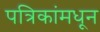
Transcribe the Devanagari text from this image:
पत्रिकांमधून